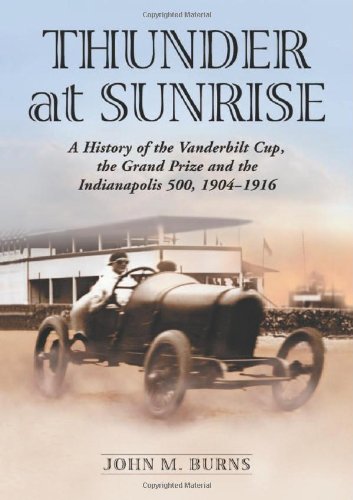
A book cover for Thunder at Sunrise: A History of the Vanderbilt Cup, the Grand Prize And the Indianapolis 500, 1904-1916; John M. Burns; Travel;